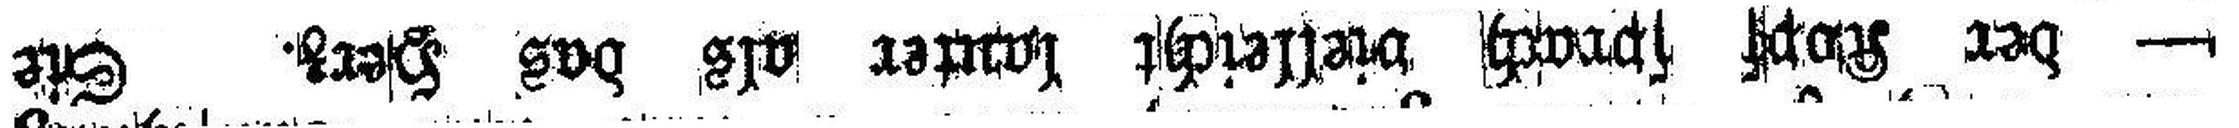
— der Kopf sprach vielleicht lauter als das Herz. Sie